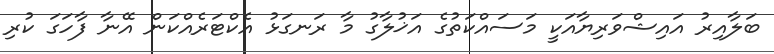
ބަލާއިރު އައިޝްވަރިޔާއަކީ މަސައްކަތުގެ އަޚުލާގު މާ ރަނގަޅު އެކްޓަރެއްކަން އޭނާ ފާހަގަ ކުރި